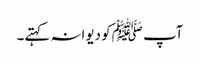
آپ ﷺکو دیوانہ کہتے۔